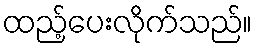
ထည့်ပေးလိုက်သည်။